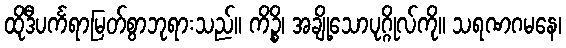
ထိုဒီပင်္ကရာမြတ်စွာဘုရားသည်။ ကိဉ္စိ၊ အချို့သောပုဂ္ဂိုလ်ကို။ သရဏဂမနေ၊